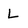
Character: L